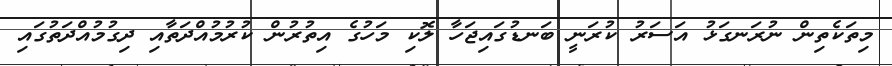
މިތަކެތިން ނުރަނގަޅު އަސަރު ކުރަނީ ބަނޑުގައިޖަހާ ލޮކި މަހުގެ އިތުރުން ކުރުމުއްދަތާއި ދިގުމުއްދަތުގައި